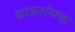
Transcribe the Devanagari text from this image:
काप्रशंसक